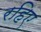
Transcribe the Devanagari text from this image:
रहिए